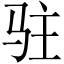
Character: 驻